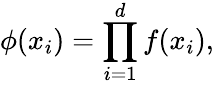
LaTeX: \phi(x_{i})=\prod_{i=1}^{d}f(x_{i}),